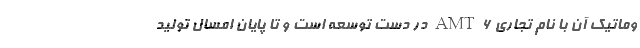
وماتیک آن با نام تجاری 6 AMT در دست توسعه است و تا پایان امسال تولید